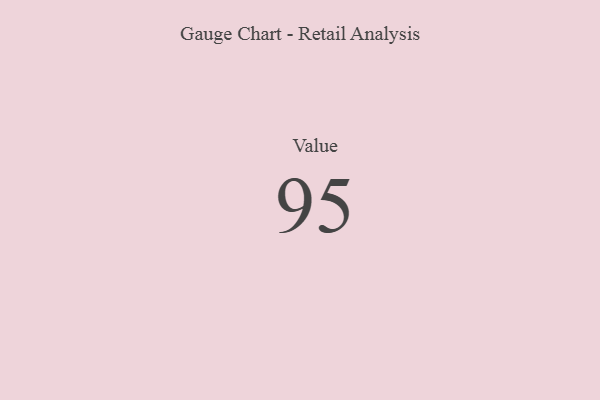
{"axis": {"x": "Metric", "y": "Value"}, "legend": [""], "data": [{"x": "Value", "y": 95, "type": ""}]}